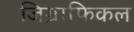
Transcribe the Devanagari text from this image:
जिग्राफिकल